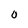
Character: O